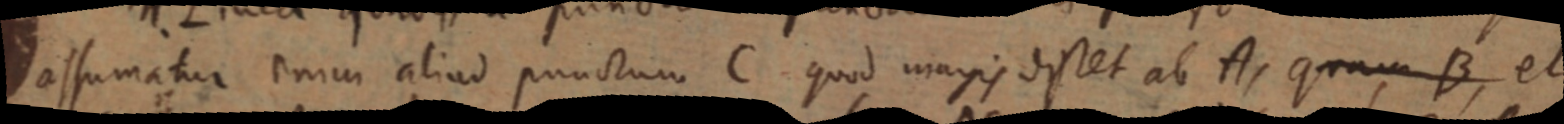
assumatur enim aliud punctum C quod magis distet ab A, quam B, et